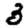
Digit: 3